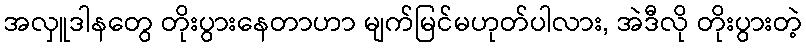
အလှူဒါနတွေ တိုးပွားနေတာဟာ မျက်မြင်မဟုတ်ပါလား, အဲဒီလို တိုးပွားတဲ့